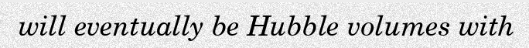
will eventually be Hubble volumes with